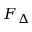
F _ { \Delta }